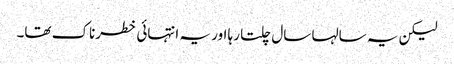
لیکن یہ سالہا سال چلتا رہا اور یہ انتہائی خطرناک تھا۔